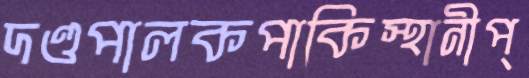
দণ্ডপালকপাকিস্থানীপ্